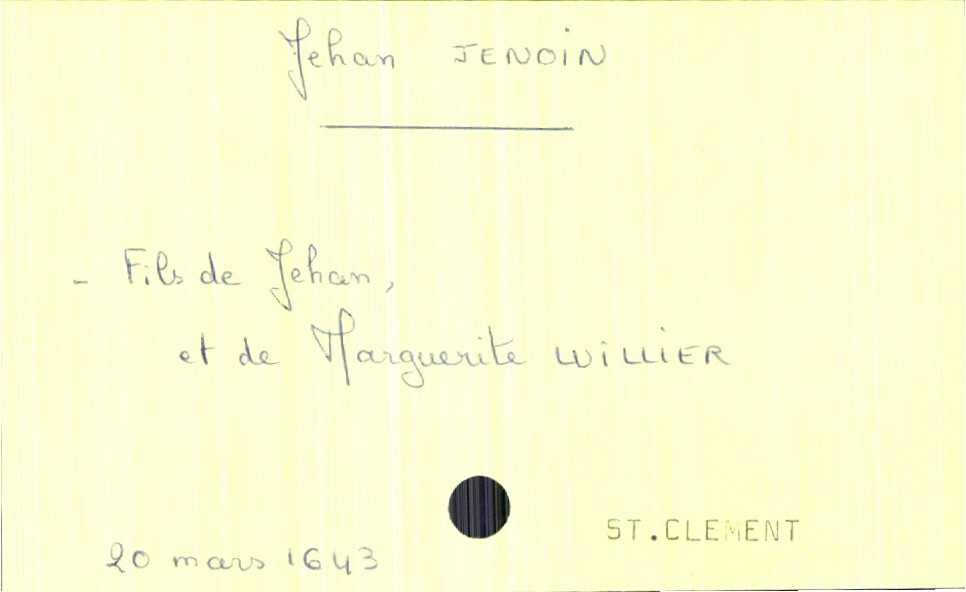
type_acte: Baptême
filiation: fils
enfant_prénom: Jehan
enfant_date_de_naissance: 20 mars 1643
enfant_lieu_de_naissance: Saint Clément
père_enfant_nom: Jenoin
père_enfant_prénom: Jehan
mère_enfant_nom: Luillier
mère_enfant_prénom: Marguerite